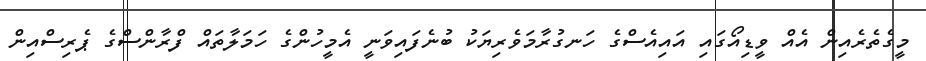
މީގެތެރެއިން އެއް ވީޑިއޯގައި އައިއެސްގެ ހަނގުރާމަވެރިޔަކު ބުނެފައިވަނީ އެމީހުންގެ ހަމަލާތައް ފްރާންސްގެ ޕެރިސްއިން